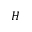
H